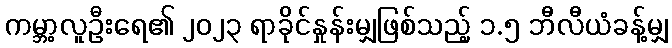
ကမ္ဘာ့လူဦးရေ၏ ၂၀၂၃ ရာခိုင်နှုန်းမျှဖြစ်သည့် ၁.၅ ဘီလီယံခန့်မျှ